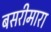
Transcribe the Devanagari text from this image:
बसरीमारा